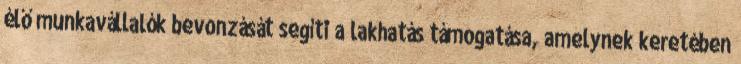
élő munkavállalók bevonzását segíti a lakhatás támogatása, amelynek keretében